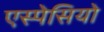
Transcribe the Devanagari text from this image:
एस्पेसियो